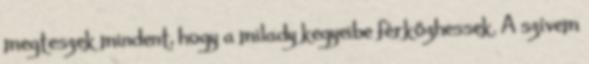
megteszek mindent, hogy a milady kegyeibe férkőzhessek. A szívem